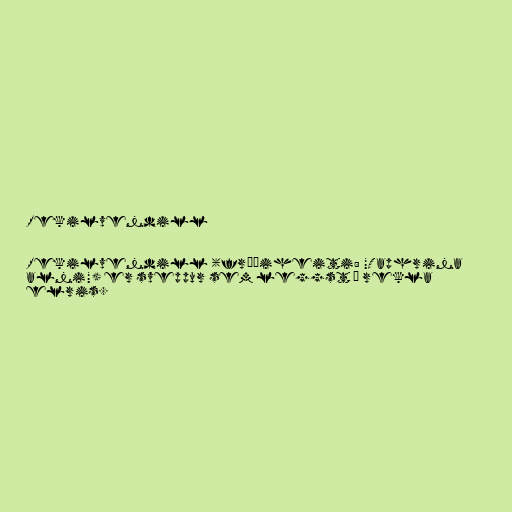
Rekilvendill

Rekilvendill (fræðiheiti: "Taphrina
alni") er sveppur sem leggst á rekla
elris.